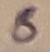
Text: 8